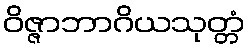
ဝိဇ္ဇာဘာဂိယသုတ္တံ